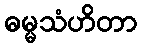
ဓမ္မသံဟိတာ